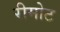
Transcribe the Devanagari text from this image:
रीमोट